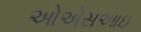
ઓએસઆઇ